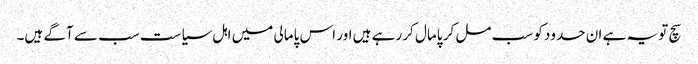
سچ تو یہ ہے ان حدود کو سب مل کر پامال کر رہے ہیں اور اس پامالی میں اہل سیاست سب سے آگے ہیں۔